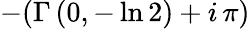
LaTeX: -(\Gamma\left(0,-\ln 2\right)+i\, \pi)